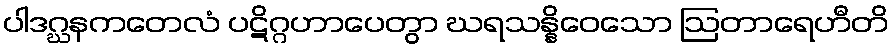
ပါဒဂ္ဃနကတေလံ ပဋိဂ္ဂဟာပေတွာ ဃရသန္နိဝေသော ဩတာရေဟီတိ